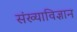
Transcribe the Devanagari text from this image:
संख्याविज्ञान